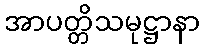
အာပတ္တိသမုဋ္ဌာနာ